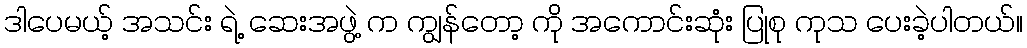
ဒါပေမယ့် အသင်း ရဲ့ ဆေးအဖွဲ့ က ကျွန်တော့ ကို အကောင်းဆုံး ပြုစု ကုသ ပေးခဲ့ပါတယ်။